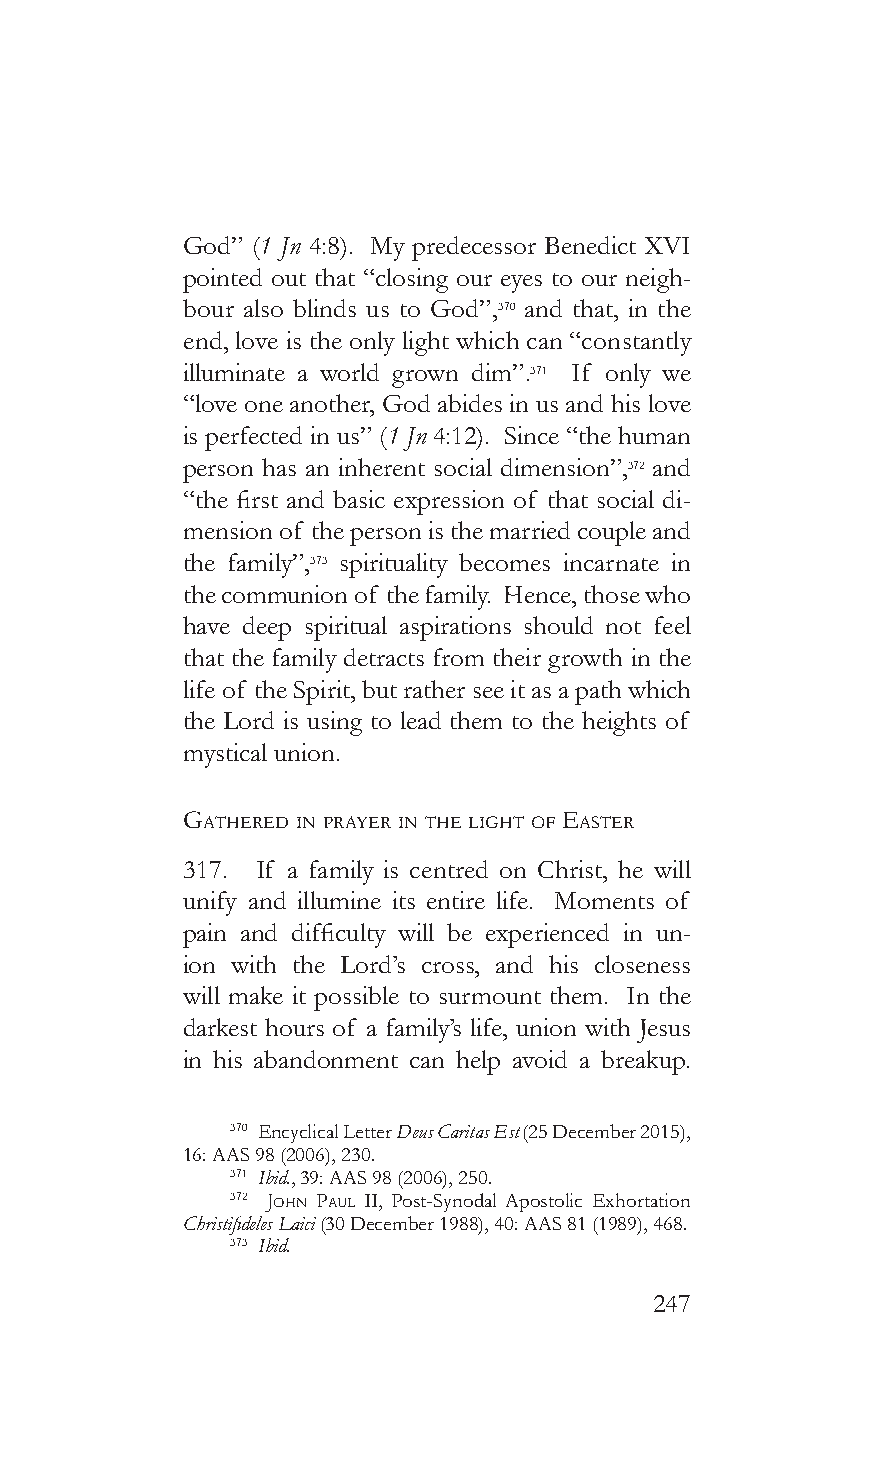
God” (1 Jn 4:8). My predecessor Benedict XVI
 pointed out that “closing our eyes to our neigh-
 bour also blinds us to God”,370 and that, in the
 end, love is the only light which can “constantly
 illuminate a world grown dim”.371 If only we
 “love one another, God abides in us and his love
 is perfected in us” (1 Jn 4:12). Since “the human
 person has an inherent social dimension”,372 and
 “the first and basic expression of that social di-
 mension of the person is the married couple and
 the family”,373 spirituality becomes incarnate in
 the communion of the family. Hence, those who
 have deep spiritual aspirations should not feel
 that the family detracts from their growth in the
 life of the Spirit, but rather see it as a path which
 the Lord is using to lead them to the heights of
 mystical union.
 GaThered in prayer in The LiGhT of easTer
 317. If a family is centred on Christ, he will
 unify and illumine its entire life. Moments of
 pain and difficulty will be experienced in un-
 ion with the Lord’s cross, and his closeness
 will make it possible to surmount them. In the
 darkest hours of a family’s life, union with Jesus
 in his abandonment can help avoid a breakup.
 370 Encyclical Letter Deus Caritas Est (25 December 2015),
 16: AAS 98 (2006), 230.
 371 Ibid., 39: AAS 98 (2006), 250.
 372 John pauL II, Post-Synodal Apostolic Exhortation
 Christifideles Laici (30 December 1988), 40: AAS 81 (1989), 468.
 373 Ibid.
 247